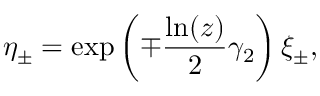
\eta _ { \pm } = \exp \left( \mp \frac { \ln ( z ) } { 2 } \gamma _ { 2 } \right) \xi _ { \pm } ,